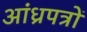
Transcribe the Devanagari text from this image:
आंध्रपत्रों